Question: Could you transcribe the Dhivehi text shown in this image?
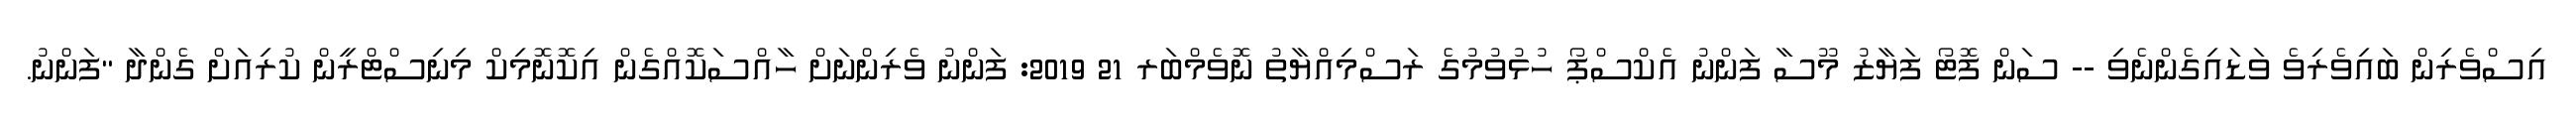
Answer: އިސްވެރިން ބައިވެރިވެ ވަޑައިގެންނެވި -- ސަން ފޮޓޯ ފަޔާޒު މޫސާ ފަންނު އެކްސްޕޯ ހުޅުވުމުގެ ރަސްމިއްޔާތު ނޮވެމްބަރ 21 2019: ފަންނު ވެރިންނަށް ހާއްސަކޮއްގެން އިކޮނޮމިކް މިނިސްޓްރީން ކުރިއަށް ގެންދާ "ފަންނު.